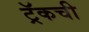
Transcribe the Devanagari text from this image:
ट्रॅकची